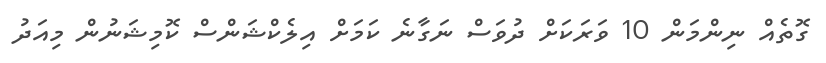
ގޮތެއް ނިންމަން 10 ވަރަކަށް ދުވަސް ނަގާނެ ކަމަށް އިލެކްޝަންސް ކޮމިޝަނުން މިއަދު